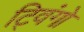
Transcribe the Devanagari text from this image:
ट्विंगो